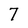
Character: 7